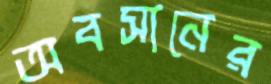
অবসানের